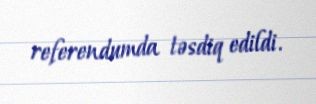
referendumda təsdiq edildi.